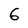
Character: 6